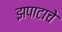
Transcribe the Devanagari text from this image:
झपाटाचे